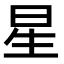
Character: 星